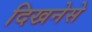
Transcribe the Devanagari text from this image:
दिखनेसे